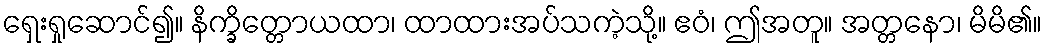
ရှေးရှုဆောင်၍။ နိက္ခိတ္တောယထာ၊ ထာထားအပ်သကဲ့သို့။ ဧဝံ၊ ဤအတူ။ အတ္တနော၊ မိမိ၏။